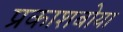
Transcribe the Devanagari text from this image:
प्रकाशबोया